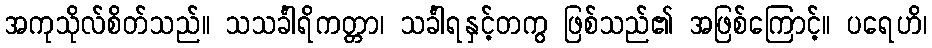
အကုသိုလ်စိတ်သည်။ သသင်္ခါရိကတ္တာ၊ သင်္ခါရနှင့်တကွ ဖြစ်သည်၏ အဖြစ်ကြောင့်။ ပရေဟိ၊